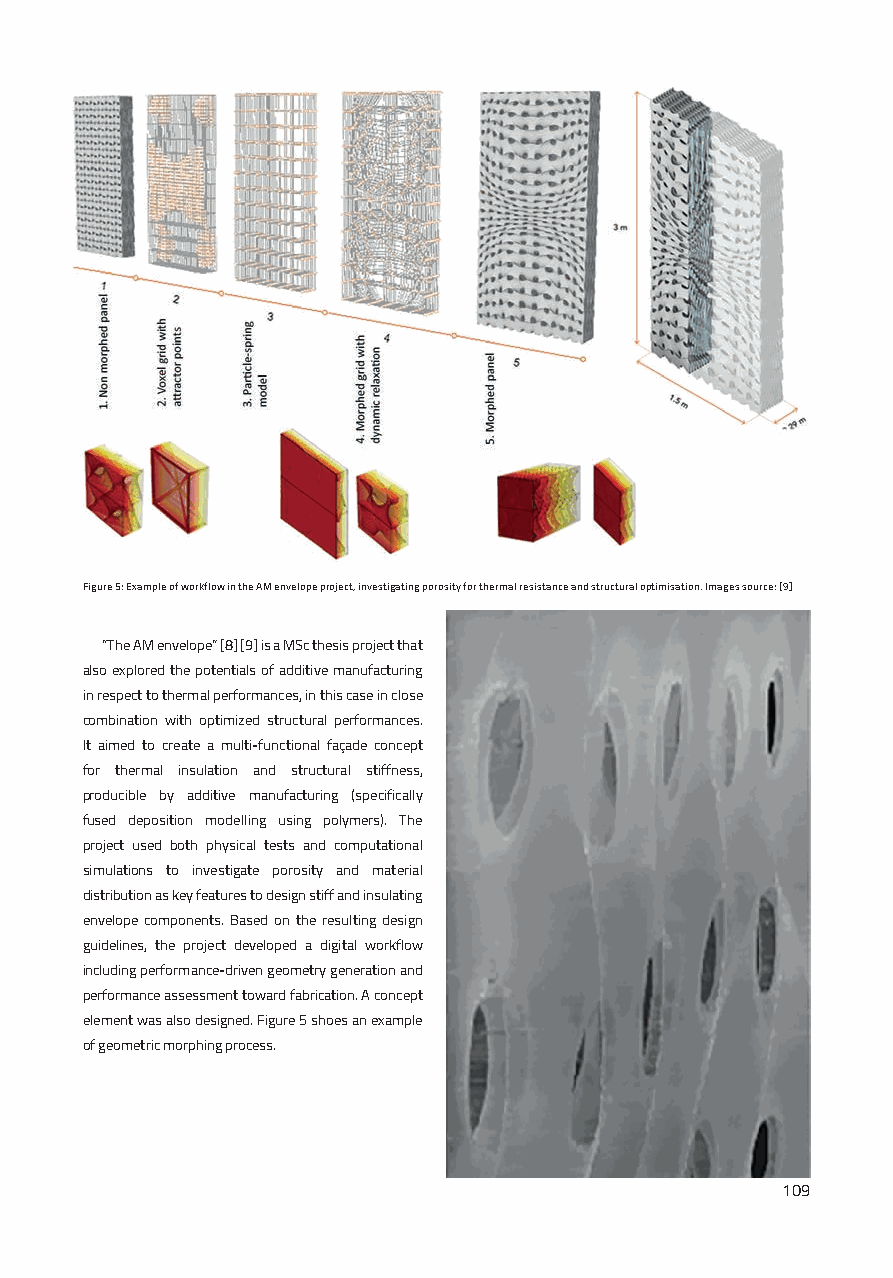
Figure 5: Example of workflow in the AM envelope project, investigating porosity for thermal resistance and structural optimisation. Images source: [9]
 “The AM envelope” [8] [9] is a MSc thesis project that
 also explored the potentials of additive manufacturing
 in respect to thermal performances, in this case in close
 combination with optimized structural performances.
 It aimed to create a multi-functional façade concept
 for thermal insulation and structural stiffness,
 producible by additive manufacturing (specifically
 fused deposition modelling using polymers). The
 project used both physical tests and computational
 simulations to investigate porosity and material
 distribution as key features to design stiff and insulating
 envelope components. Based on the resulting design
 guidelines, the project developed a digital workflow
 including performance-driven geometry generation and
 performance assessment toward fabrication. A concept
 element was also designed. Figure 5 shoes an example
 of geometric morphing process.
 109